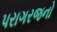
પરાગરજનો